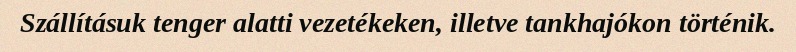
Szállításuk tenger alatti vezetékeken, illetve tankhajókon történik.